Annual report of the Punjab Veterinary College and of the Civil Veterinary Department, Punjab - 1894-1908
Year: 1894
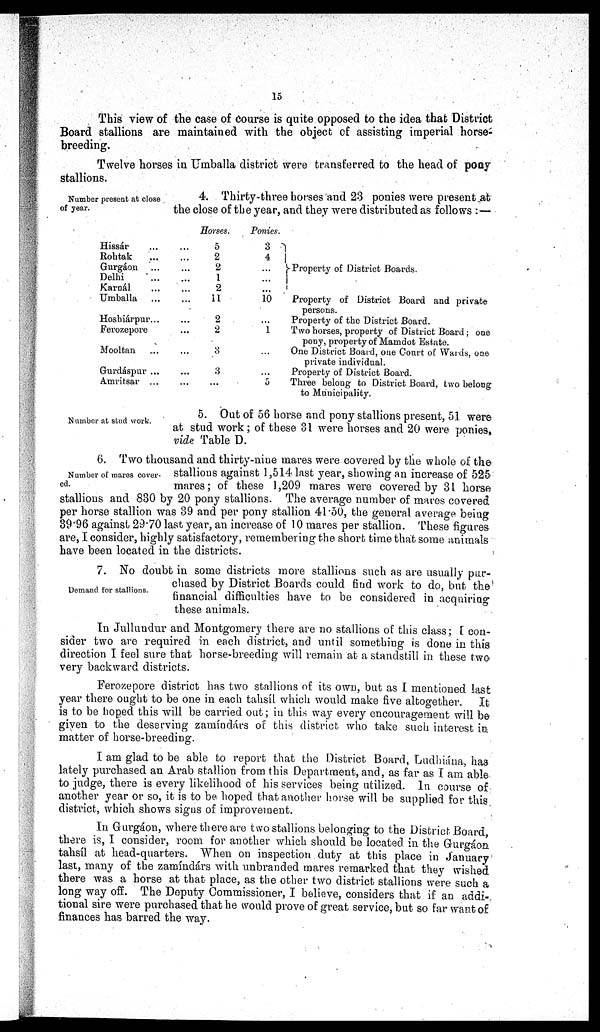
15
This view of the case of course is quite opposed to the idea that District
Board stallions are maintained with the object of assisting imperial horse-
breeding.
Twelve horses in Umballa district were transferred to the head of pony
stallions.
Number present at close
of year.
4. Thirty-three horses and 23 ponies were present at
the close of the year, and they were distributed as follows:—
Hissár ... ...
Rohtak ... ...
Gurgáon ... ...
Delhi
...
...
Karnál
...
...
Umballa ... ...
Hoshiárpur ... ...
Ferozepore ...
Mooltan ... ...
Gurdáspur ... ...
Amritsar ... ...
Horses.
5
2
2
1
2
11
2
2
3
3
...
Ponies.
3
4
...
...
...
10
...
1
...
...
5
Property of District Hoards.
Property of District Board and private
persons.
Property of the District Board.
Two horses, property of District Board; one
pony, property of Mamdot Estate.
One District Board, one Court of Wards, one
private individual.
Property of District Board.
Three belong to District Board, two belong
to Municipality.
Number at stud work.
5. Out of 56 horse and pony stallions present, 51 were
at stud work; of these 31 were horses and 20 were ponies,
vide Table D.
Number of mares cover-
ed.
6. Two thousand and thirty-nine mares were covered by the whole of the
stallions against 1,514 last year, showing an increase of 525
mares; of these 1,209 mares were covered by 31 horse
stallions and 830 by 20 pony stallions. The average number of mares covered
per horse stallion was 39 and per pony stallion 41.50, the general average being
39.96 against 29.70 last year, an increase of 10 mares per stallion. These figures
are, I consider, highly satisfactory, remembering the short time that some animals
have been located in the districts.
7. No doubt in some districts more stallions such as are usually pur-
chased by District Boards could find work to do, but the
financial difficulties have to be considered in acquiring
these animals.
Demand for stallions.
In Jullundur and Montgomery there are no stallions of this class; I con-
sider two are required in each district, and until something is done in this
direction I feel sure that horse-breeding will remain at a standstill in these two
very backward districts.
Ferozepore district has two stallions of its own, but as I mentioned last
year there ought to be one in each tahsíl which would make five altogether.
It
is to be hoped this will be carried out; in this way every encouragement will be
given to the deserving zamíndárs of this district who take such interest in
matter of horse-breeding.
I am glad to be able to report that the District Board, Ludhiána, has
lately purchased an Arab stallion from this Department, and, as far as I am able
to judge, there is every likelihood of his services being utilized. In course of
another year or so, it is to be hoped that another horse will be supplied for this
district, which shows sigus of improvement.
In Gurgáon, where there are two stallions belonging to the District Board,
there is, I consider, room for another which should be located in thy Gurgáou
tahsíl at head-quarters. When on inspection duty at this place in January
last, many of the zamíndárs with unbranded mares remarked that they wished
there was a horse at that place, as the other two district stallions were such a
long way off. The Deputy Commissioner, I believe, considers that if an addi-
tional sire were purchased that he would prove of great service, but so far want of
finances has barred the way.